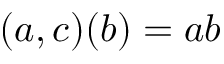
( a , c ) ( b ) = a b